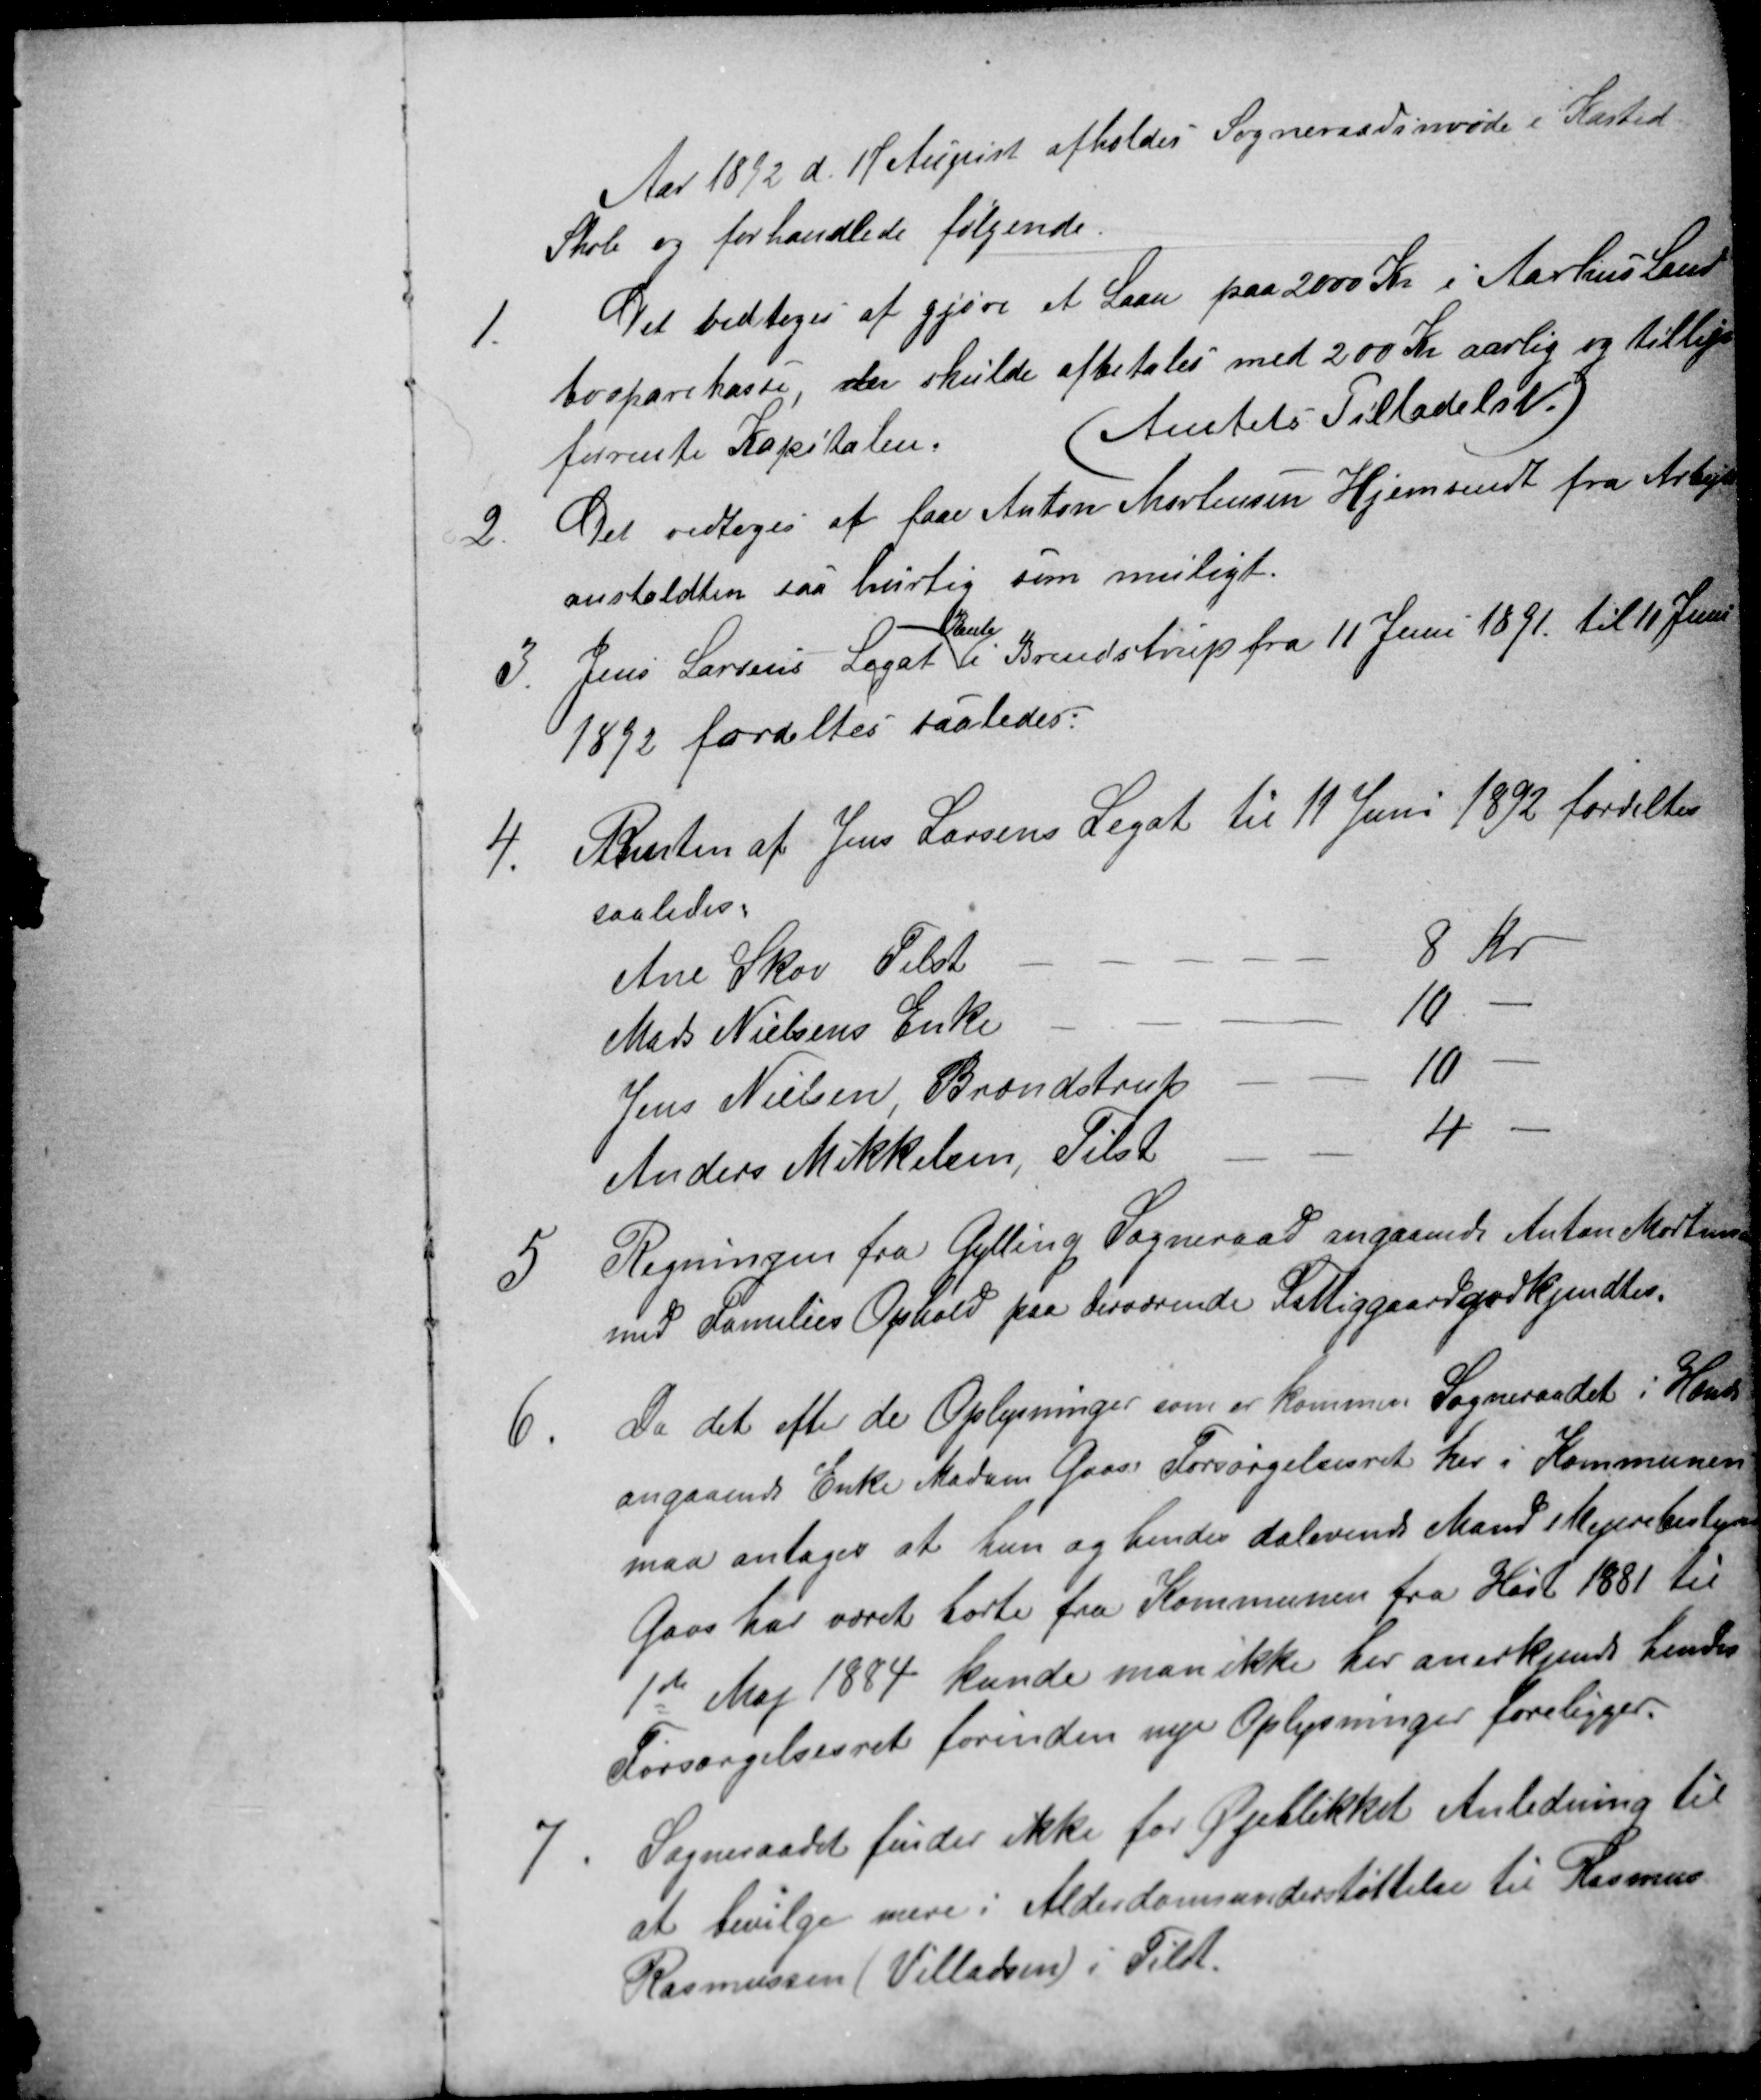
Transskription:
Aar 1892 d. 17 August afholdes Sogneraadsmøde i Kasted
Skole og forhandlede følgende.
1.
Det vedtoges at gjøre et Laan paa 2000 Kr i Aarhus Land-
bosparekasse, der skulde afbetales med 200 Kr aarlig og tillige
forrente Kapitalen
(Amtets Tilladelse.)
2.
Det vedtoges at faae Anton Mortensen Hjemsendt fra Arbejds
anstaldten saa hurtig som muligt.
3.
Jens Larsens Legat
Rente
i Brendstrup fra 11 Juni 1891. til 11 Juni
1892 fordeltes saaledes:
4.
Renten af Jens Larsens Legat til 11 Juni 1892 fordeltes
saaledes:
Ane Skov Tilst
8 Kr
Mads Nielsens Enke
10-
Jens Nielsen Brendstrup
10-
Anders Mikkelsen, Tilst
4-
5
Regningen fra Gylling Sogneraad angående Anton Mortensen
med Families Ophold paa derværende Fattiggaard godkjendtes.
6.
Da det efter de Oplysninger som er kommen Sogneraadet i Hænde
angaaende Enke Madam Goos Forsørgelsesret her i Kommunen
maa antages at hun og hendes dalevende Mand Mejeribestyrer
Goos har været borte fra Kommunen fra Høst 1881 til
1te Maj 1884 kunde man ikke her anerkjende hendes
Forsørgelsesret forinden nye Oplysninger foreligger.
7.
Sogneraadet finder ikke for Øjeblikket Anledning til
at bevilge mere i Alderdomsunderstøttelse til Rasmus
Rasmussen (Villadsen) i Tilst.